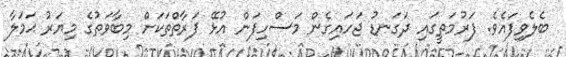
ބެލެވިފައެވެ. ފަރުމަތީގައި ދަގަނޑު ޖަހައިގެން މަސްހިފަން އުޅޭ ފަރާތްތަކަށް މިބާވަތުގެ މިޔަރު ޙަމަލާ